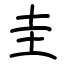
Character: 圭